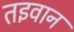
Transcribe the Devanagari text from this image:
तइवान